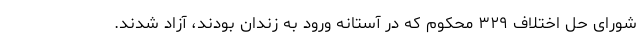
شورای حل اختلاف ۳۲۹ محکوم که در آستانه ورود به زندان بودند، آزاد شدند.